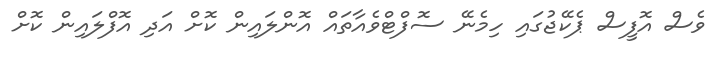
ވެސް އޮފީސް ޕެކޭޖުގައި ހިމެނޭ ސޮފްޓްވެއާތައް އޮންލައިން ކޮށް އަދި އޮފްލައިން ކޮށް